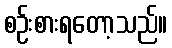
စဉ်းစားရတော့သည်။